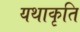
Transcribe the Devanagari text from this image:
यथाकृति